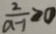
\frac { 2 } { a - 1 } \geq 0